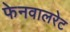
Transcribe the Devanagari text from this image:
फेनवालरेट